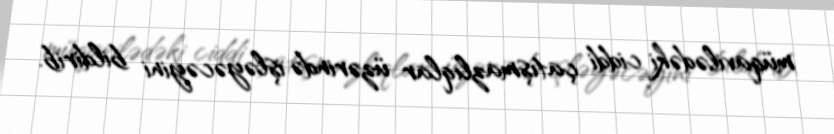
müqavilədəki ciddi çatışmazlıqlar üzərində işləyəcəyini bildirib.